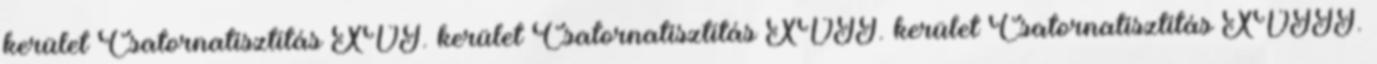
kerület Csatornatisztítás XVI. kerület Csatornatisztítás XVII. kerület Csatornatisztítás XVIII.